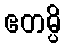
ဧတမ္ပိ